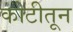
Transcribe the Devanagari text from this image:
कोटीतून